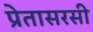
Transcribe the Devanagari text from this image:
प्रेतासरसी